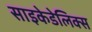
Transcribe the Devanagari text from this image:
साइकेडेलिक्स